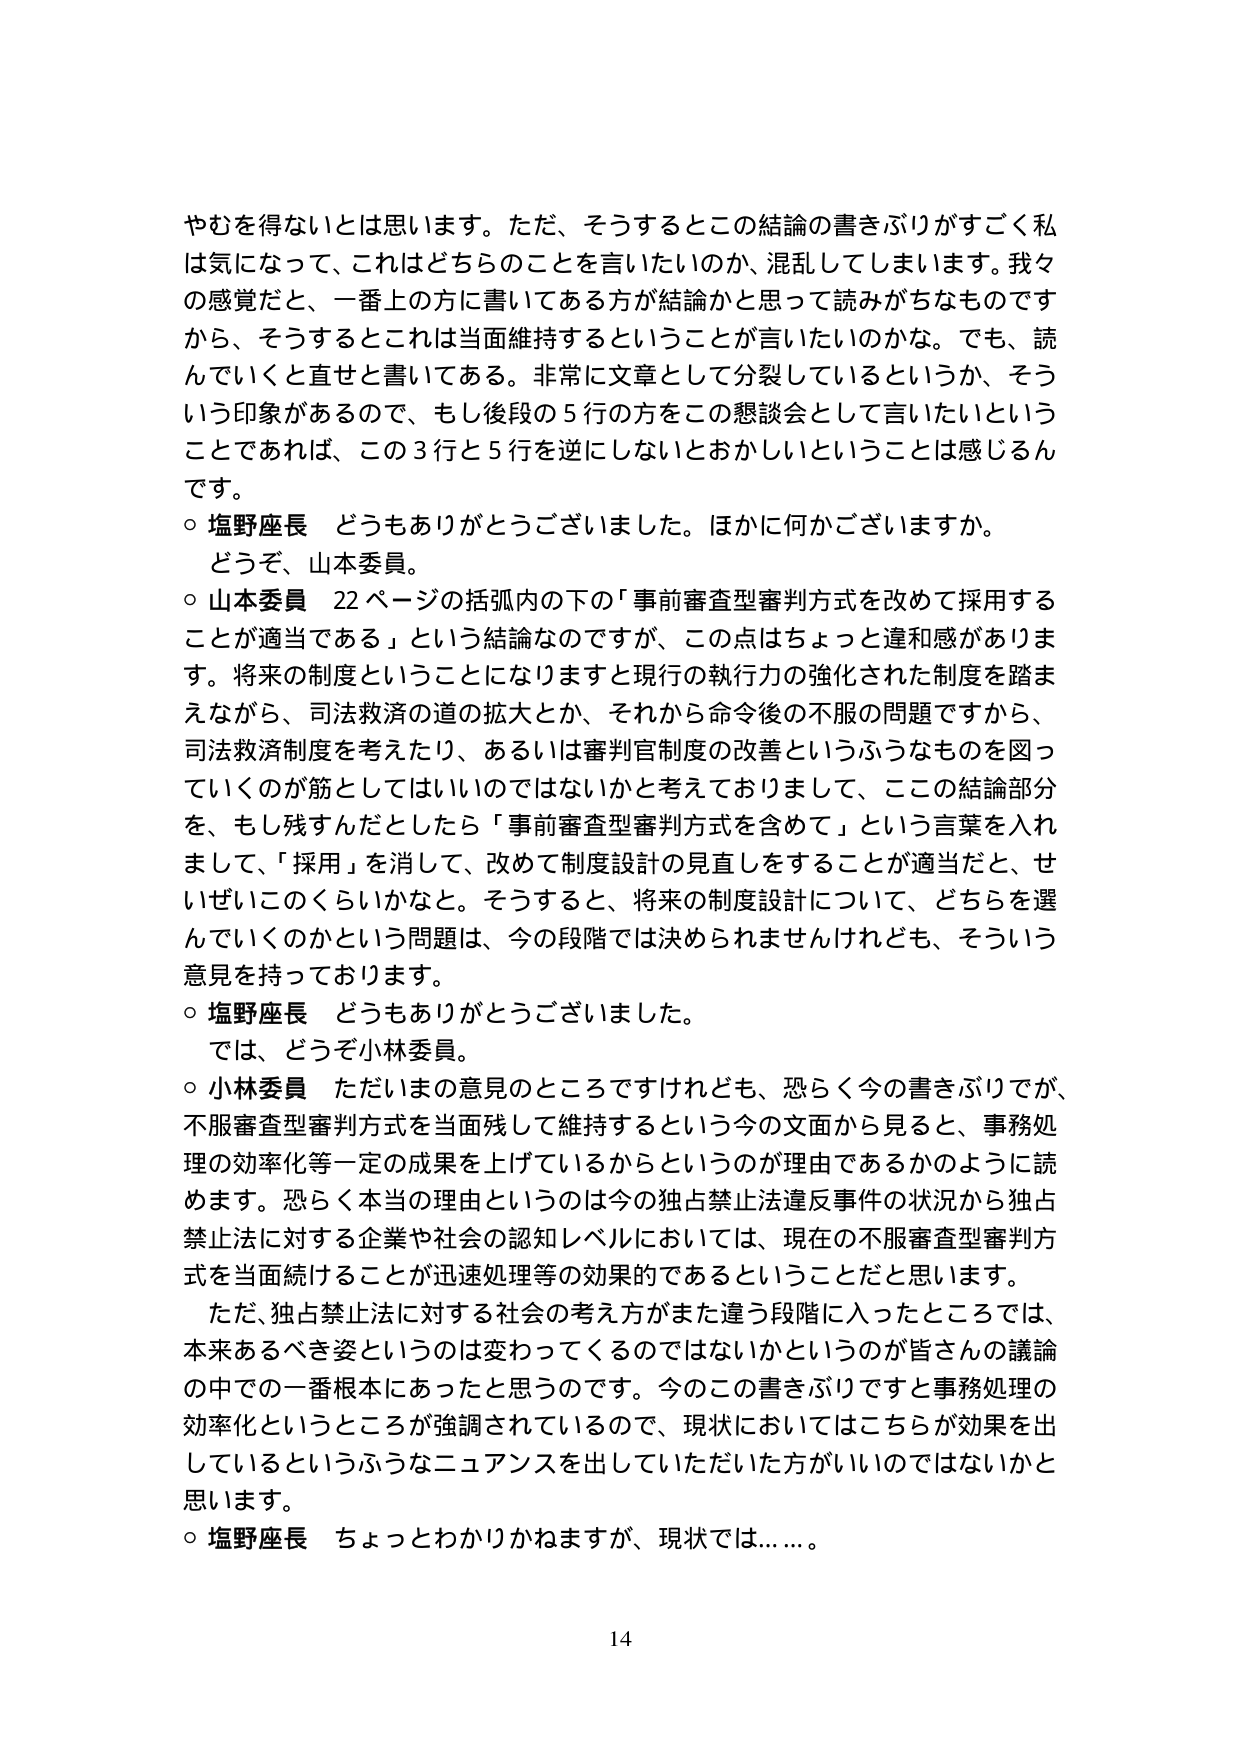
やむを得ないとは思います。ただ、そうするとこの結論の書きぶりがすごく私は気になって、これはどちらのことを言いたいのか、混乱してしまいます。我々の感覚だと、一番上の方に書いてある方が結論かと思って読みがちなものですから、そうするとこれは当面維持するということが言いたいのかな。でも、読んでいくと直せと書いてある。非常に文章として分裂しているというか、そういう印象があるので、もし後段の5行の方をこの懇談会として言いたいということであれば、この3行と5行を逆にしないとおかしいということは感じるんです。

○ 塩野座長 どうもありがとうございました。ほかに何かございますか。
どうぞ、山本委員。

○ 山本委員 22ページの括弧内の下の「事前審査型審判方式を改めて採用することが適当である」という結論なのですが、この点はちょっと違和感があります。将来の制度ということになりますと現行の執行力の強化された制度を踏まえながら、司法救済の道の拡大とか、それから命令後の不服の問題ですから、司法救済制度を考えたり、あるいは審判官制度の改善というふうなものを図っていくのが筋としてはいいのではないかと考えておりまして、ここの結論部分を、もし残すんだとしたら「事前審査型審判方式を含めて」という言葉を入れまして、「採用」を消して、改めて制度設計の見直しをすることが適当だと、せいぜいこのくらいかなと。そうすると、将来の制度設計について、どちらを選んでいくのかという問題は、今の段階では決められませんけれども、そういう意見を持っております。

○ 塩野座長 どうもありがとうございました。
では、どうぞ小林委員。

○ 小林委員 ただいまの意見のところですけれども、恐らく今の書きぶりですが、不服審査型審判方式を当面残して維持するという今の文面から見ると、事務処理の効率化等一定の成果を上げているからというのが理由であるかのように読めます。恐らく本当の理由というのは今の独占禁止法違反事件の状況から独占禁止法に対する企業や社会の認知レベルにおいては、現在の不服審査型審判方式を当面続けることが迅速処理等の効果的であるということだと思います。

ただ、独占禁止法に対する社会の考え方がまた違う段階に入ったところでは、本来あるべき姿というのは変わってくるのではないかというのが皆さんの議論の中での一番根本にあったと思うのです。今のこの書きぶりですと事務処理の効率化というところが強調されているので、現状においてはこちらが効果を出しているというふうなニュアンスを出していただいた方がいいのではないかと思います。

○ 塩野座長 ちょっとわかりかねますが、現状では……。

14